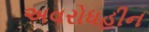
અવરોધહીન